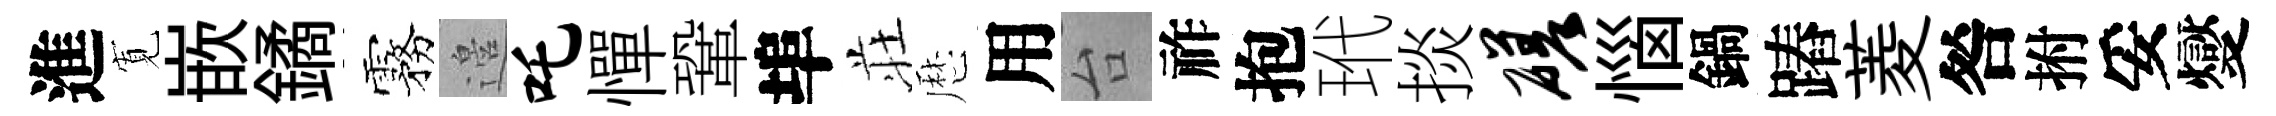
進𡩖嵌鐍霧邉吒憚鞏埠荘厯用台祚抱玳掞磋惱鍋蹖菱咎拊妥燮